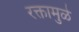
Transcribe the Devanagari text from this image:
रक्तामुळे